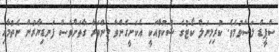
ސްޕީޑް ލަސްވުމެވެ. ކުރިމިނަލް ކޯޓުގެ ޝަކުވާއަކީ އެކަށީގެންވާ މިންވަރާ ގާތަށްވެސް ފަނޑިޔާރުން ނެތުމާއި